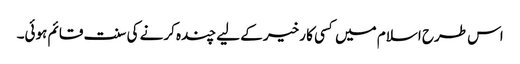
اس طرح اسلام میں کسی کا رخیر کے لیے چندہ کرنے کی سنت قائم ہوئی۔